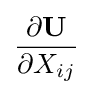
{\frac {\partial \mathbf {U} }{\partial X_{ij}}}